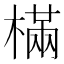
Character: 樠